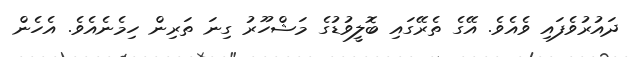
ދައުރުވެފައި ވެއެވެ. އޭގެ ތެރޭގައި ބޮލީވުޑުގެ މަޝްހޫރު ގިނަ ތަރިން ހިމެނެއެވެ. އެހެން